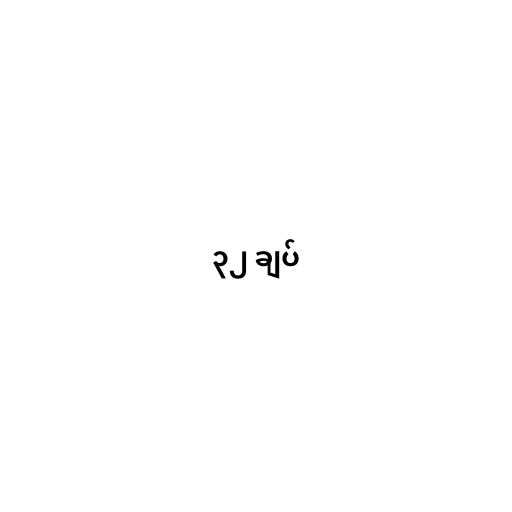
၃၂ ချပ်